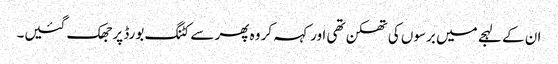
ان کے لہجے میں برسوں کی تھکن تھی اور کہہ کر وہ پھر سے کٹنگ بورڈ پر جھک گئیں۔